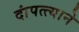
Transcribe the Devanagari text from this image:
दांपत्त्याने